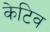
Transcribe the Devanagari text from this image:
केटिव